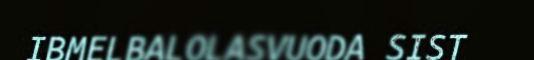
IBMELBALOLASVUODA SIST